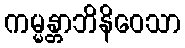
ကမ္မန္တာဘိနိဝေသာ